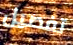
تفصيل